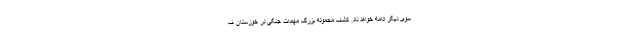
سوی دیگر ادامه خواهد داد. کشف محموله بزرگ مهمات جنگی در خوزستان ف